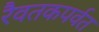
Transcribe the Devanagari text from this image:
रैवतकपर्वत